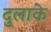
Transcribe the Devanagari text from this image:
दुलाके